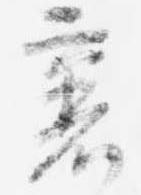
裏